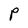
Character: P